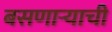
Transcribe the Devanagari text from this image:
बसणाऱ्याची